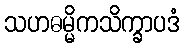
သဟဓမ္မိကသိက္ခာပဒံ